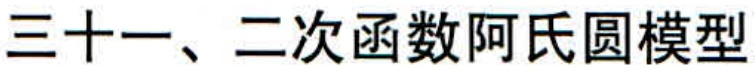
三十一、二次函数阿氏圆模型